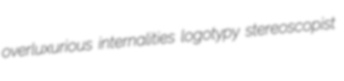
overluxurious internalities logotypy stereoscopist